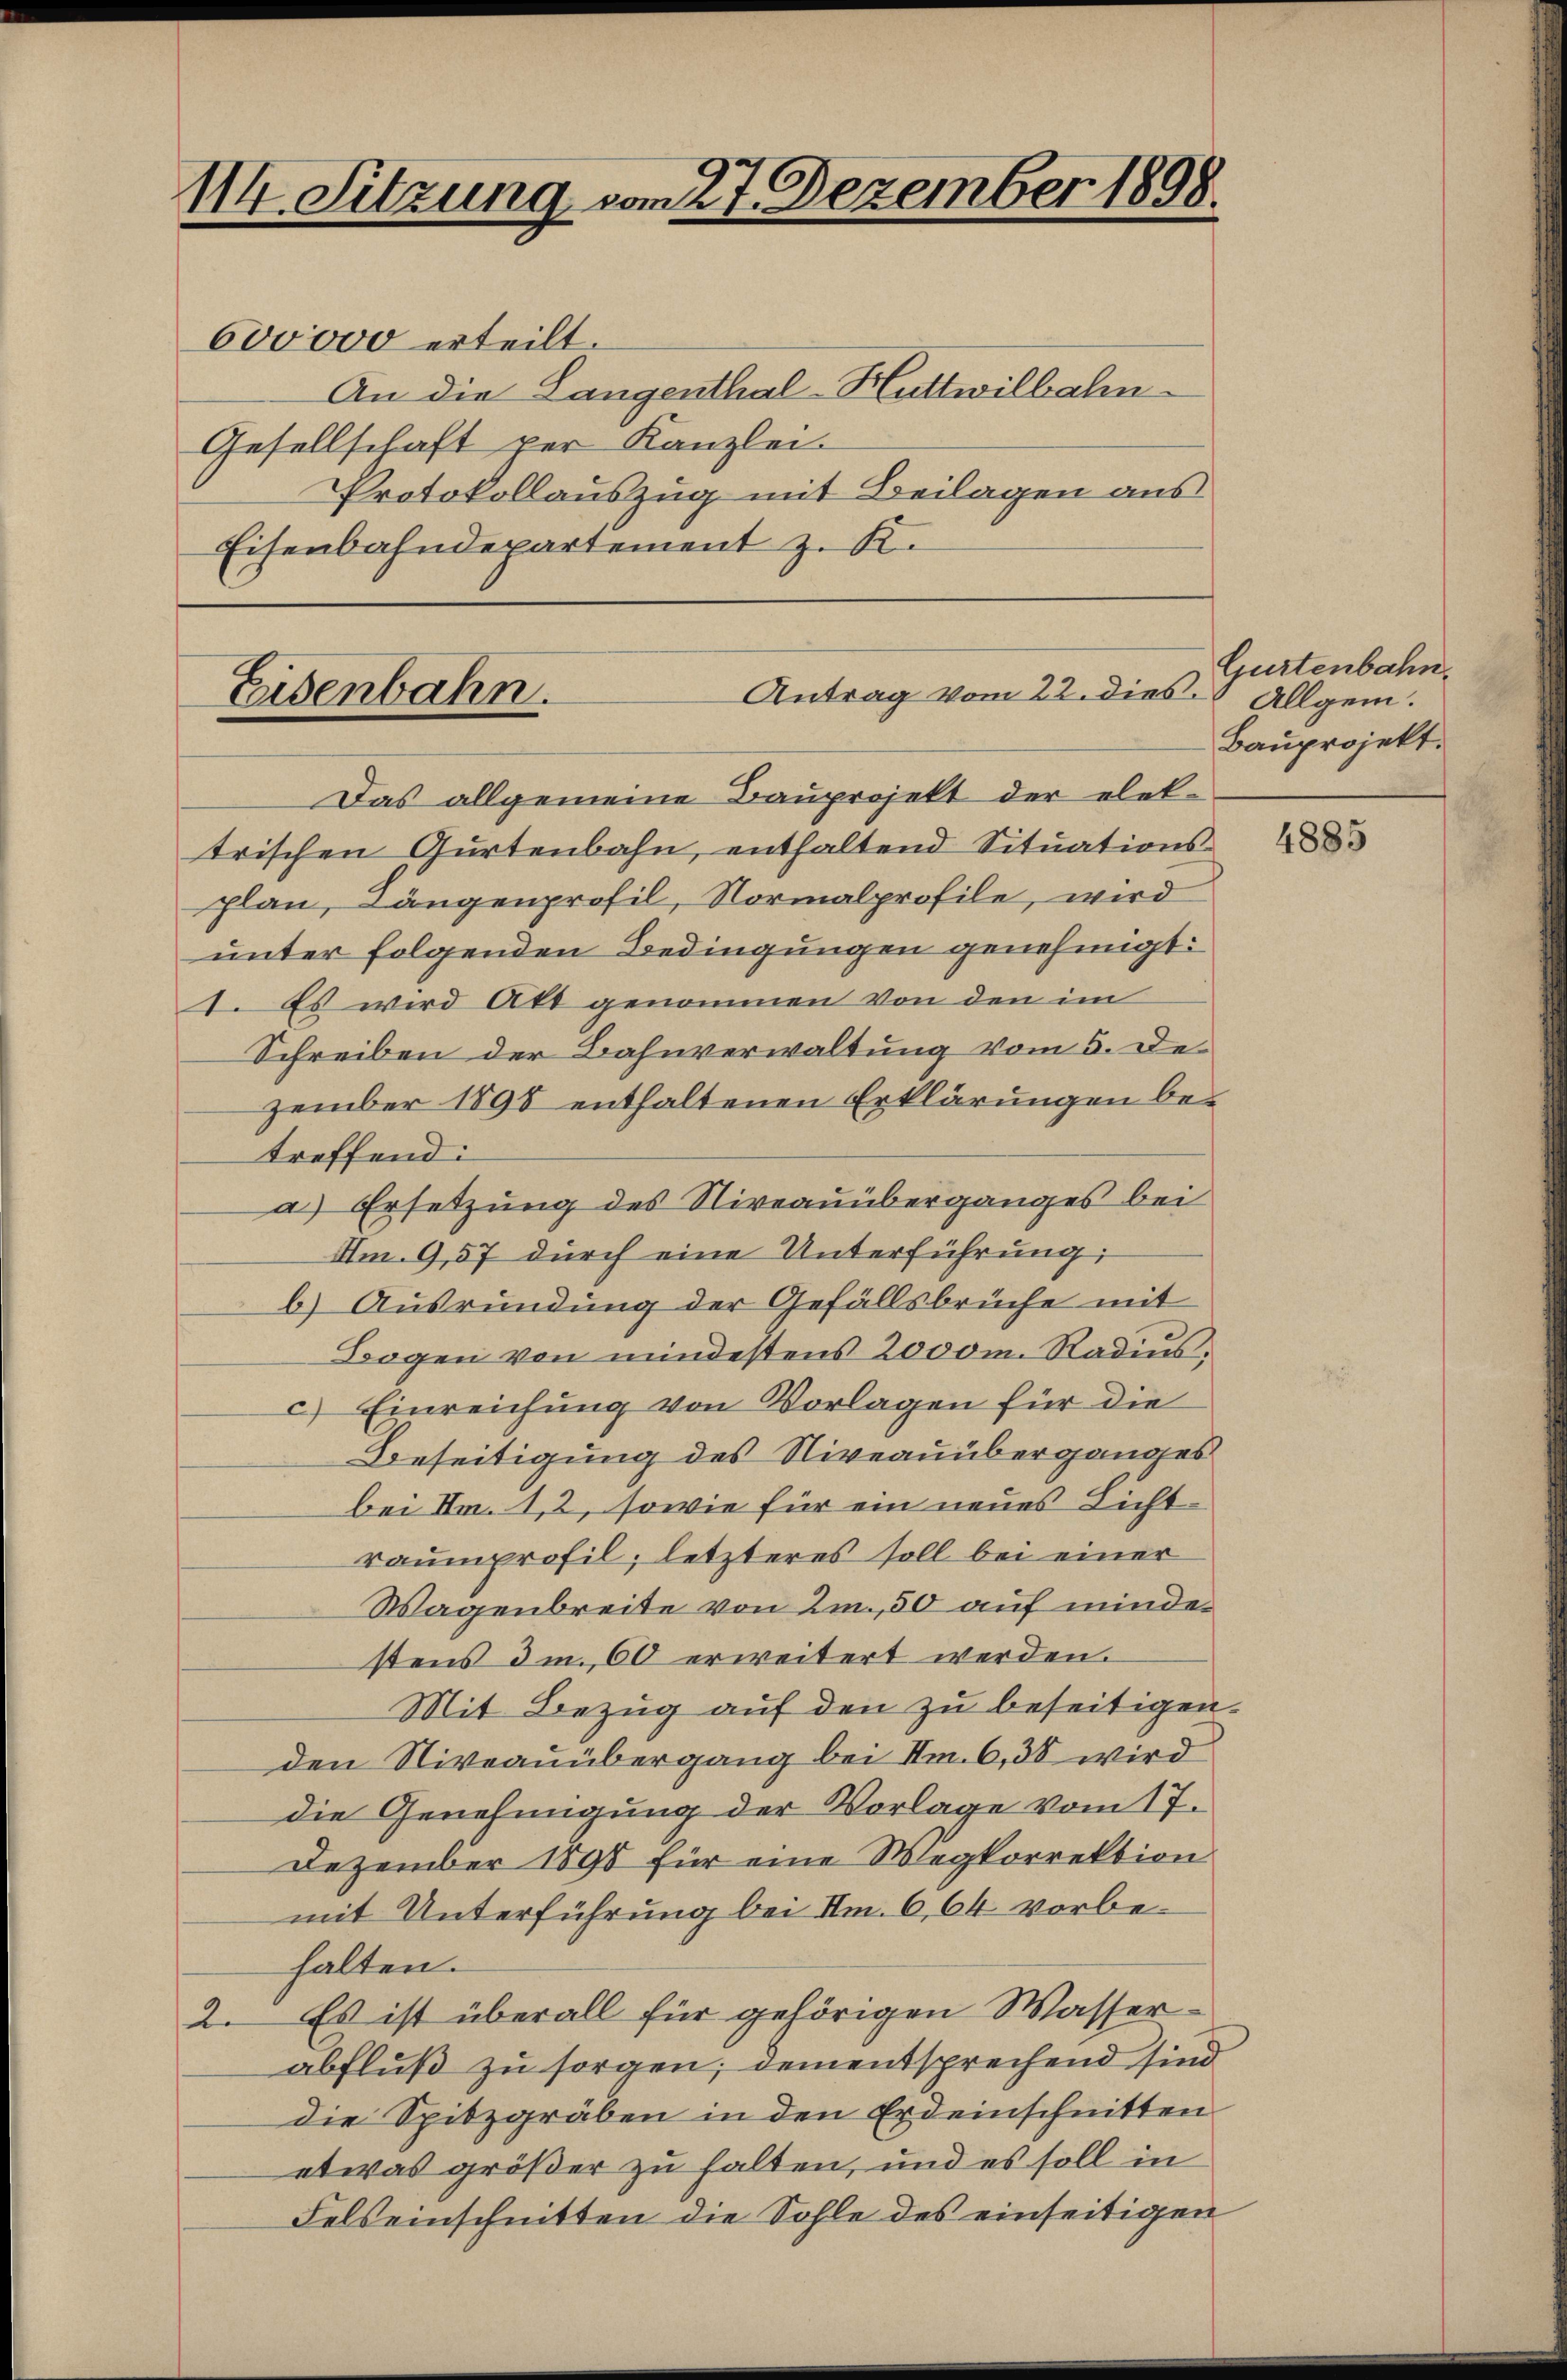
114. Sitzung vom 27. Dezember 1898.

600000 erteilt.
An die Langenthal-Huttwilbahn
Gesellschaft per Kanzlei.
Protokollauszug mit Beilagen aus
Eisenbahndepartement z. K.

Antrag vom 22. dies.
Eisenbahn.

Das allgemeine Bauprojekt der elektrischen Gurtenbahn, enthaltend Situationsplan, Längenprofil, Normalprofile, wird
unter folgenden Bedingungen genehmigt:
1. Es wird Akt genommen von den im
Schreiben der Bahnverwaltung vom 5. Dezember 1898 enthaltenen Erklärungen be-
treffend:
a. Ersetzung des Niveauüberganges bei
Im 9,57 durch eine Unterführung
b) Ausründung der Gefällsbrüche mit
Bogen von mindestens 2000m. Radius,
c) Einreichung von Vorlagen für die
Beseitigung des Niveauüberganges
bei Im. 12, sowie für ein neues Lichtraumprofil; letzteres soll bei einer
Wagenbreite von 2m., 50 auf minder
stens dm. 60 erweitert werden.
Mit Bezug auf den zu beseitigen.
den Niveauübergang bei Im. 6,30 wird
die Genehmigung der Vorlage vom 17.
Dezember 1890 für eine Wegkorrektion
mit Unterführung bei Im. 6,64 vorbehalten.
2. Es ist überall für gehörigen Wasserabfluß zu sorgen; dem entsprechend sind
die Spitzgräben in den Erdeinschnitten
etwas größer zu halten, und es soll in
Felseinschnitten die Sohle des einseitigen

Gurtenbahn.
Allgem.
Bauprojekt.

4885